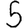
Digit: 5